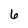
Character: 6